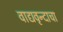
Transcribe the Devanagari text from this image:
वाद्यवृन्दाचा